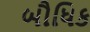
બૌધિક